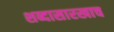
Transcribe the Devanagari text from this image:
शब्दासारखाच